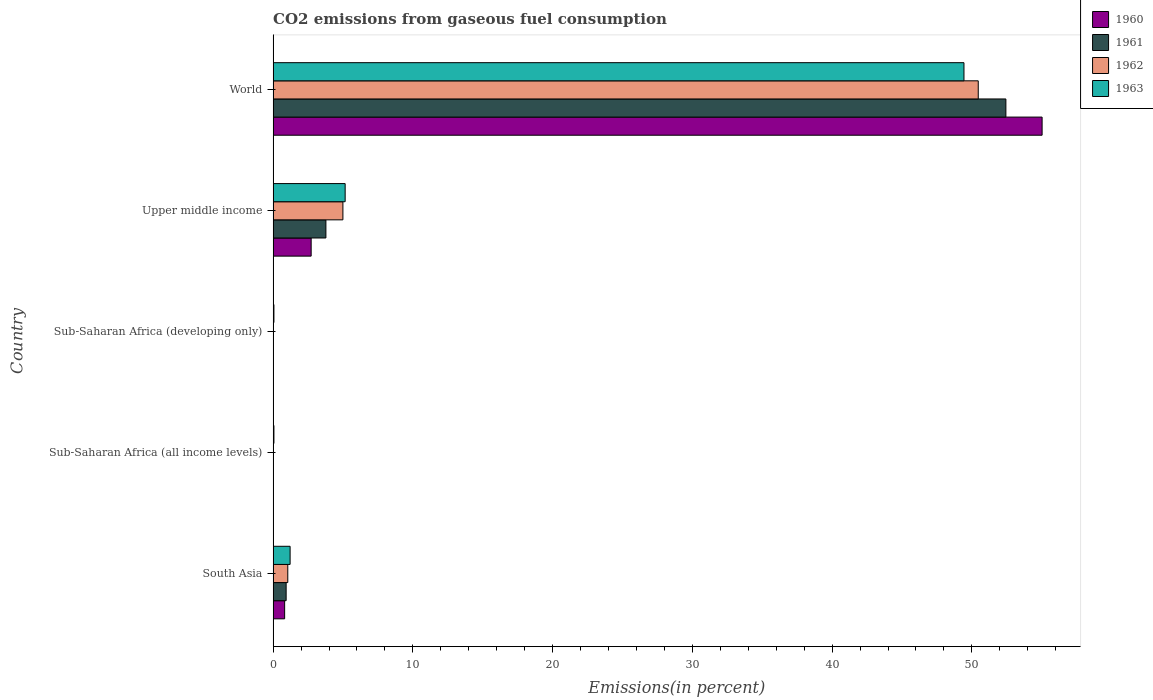
| Country | 1960 | 1961 | 1962 | 1963 |
 | --- | --- | --- | --- | --- |
 | South Asia | 0.824 | 0.932 | 1.05 | 1.22 |
 | Sub-Saharan Africa (all income levels) | 0.0125 | 0.0119 | 0.0144 | 0.0576 |
 | Sub-Saharan Africa (developing only) | 0.0125 | 0.0119 | 0.0144 | 0.0577 |
 | Upper middle income | 2.72 | 3.78 | 4.99 | 5.15 |
 | World | 55 | 52.4 | 50.5 | 49.4 |